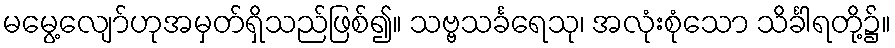
မမွေ့လျော်ဟုအမှတ်ရှိသည်ဖြစ်၍။ သဗ္ဗသင်္ခရေသု၊ အလုံးစုံသော သိင်္ခါရတို့၌။